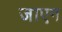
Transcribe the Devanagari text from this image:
जाएग